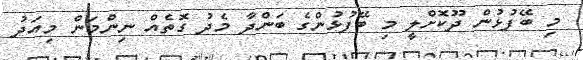
މި ބޭފުޅުން ދޫކޮށްލީ މި ބޭފުުޅުންގެ ބަންދާ މެދު ގޮތެއް ނިންމަން މިއަދު